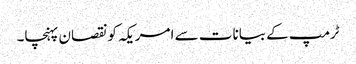
ٹرمپ کے بیانات سے امریکہ کونقصان پہنچا۔